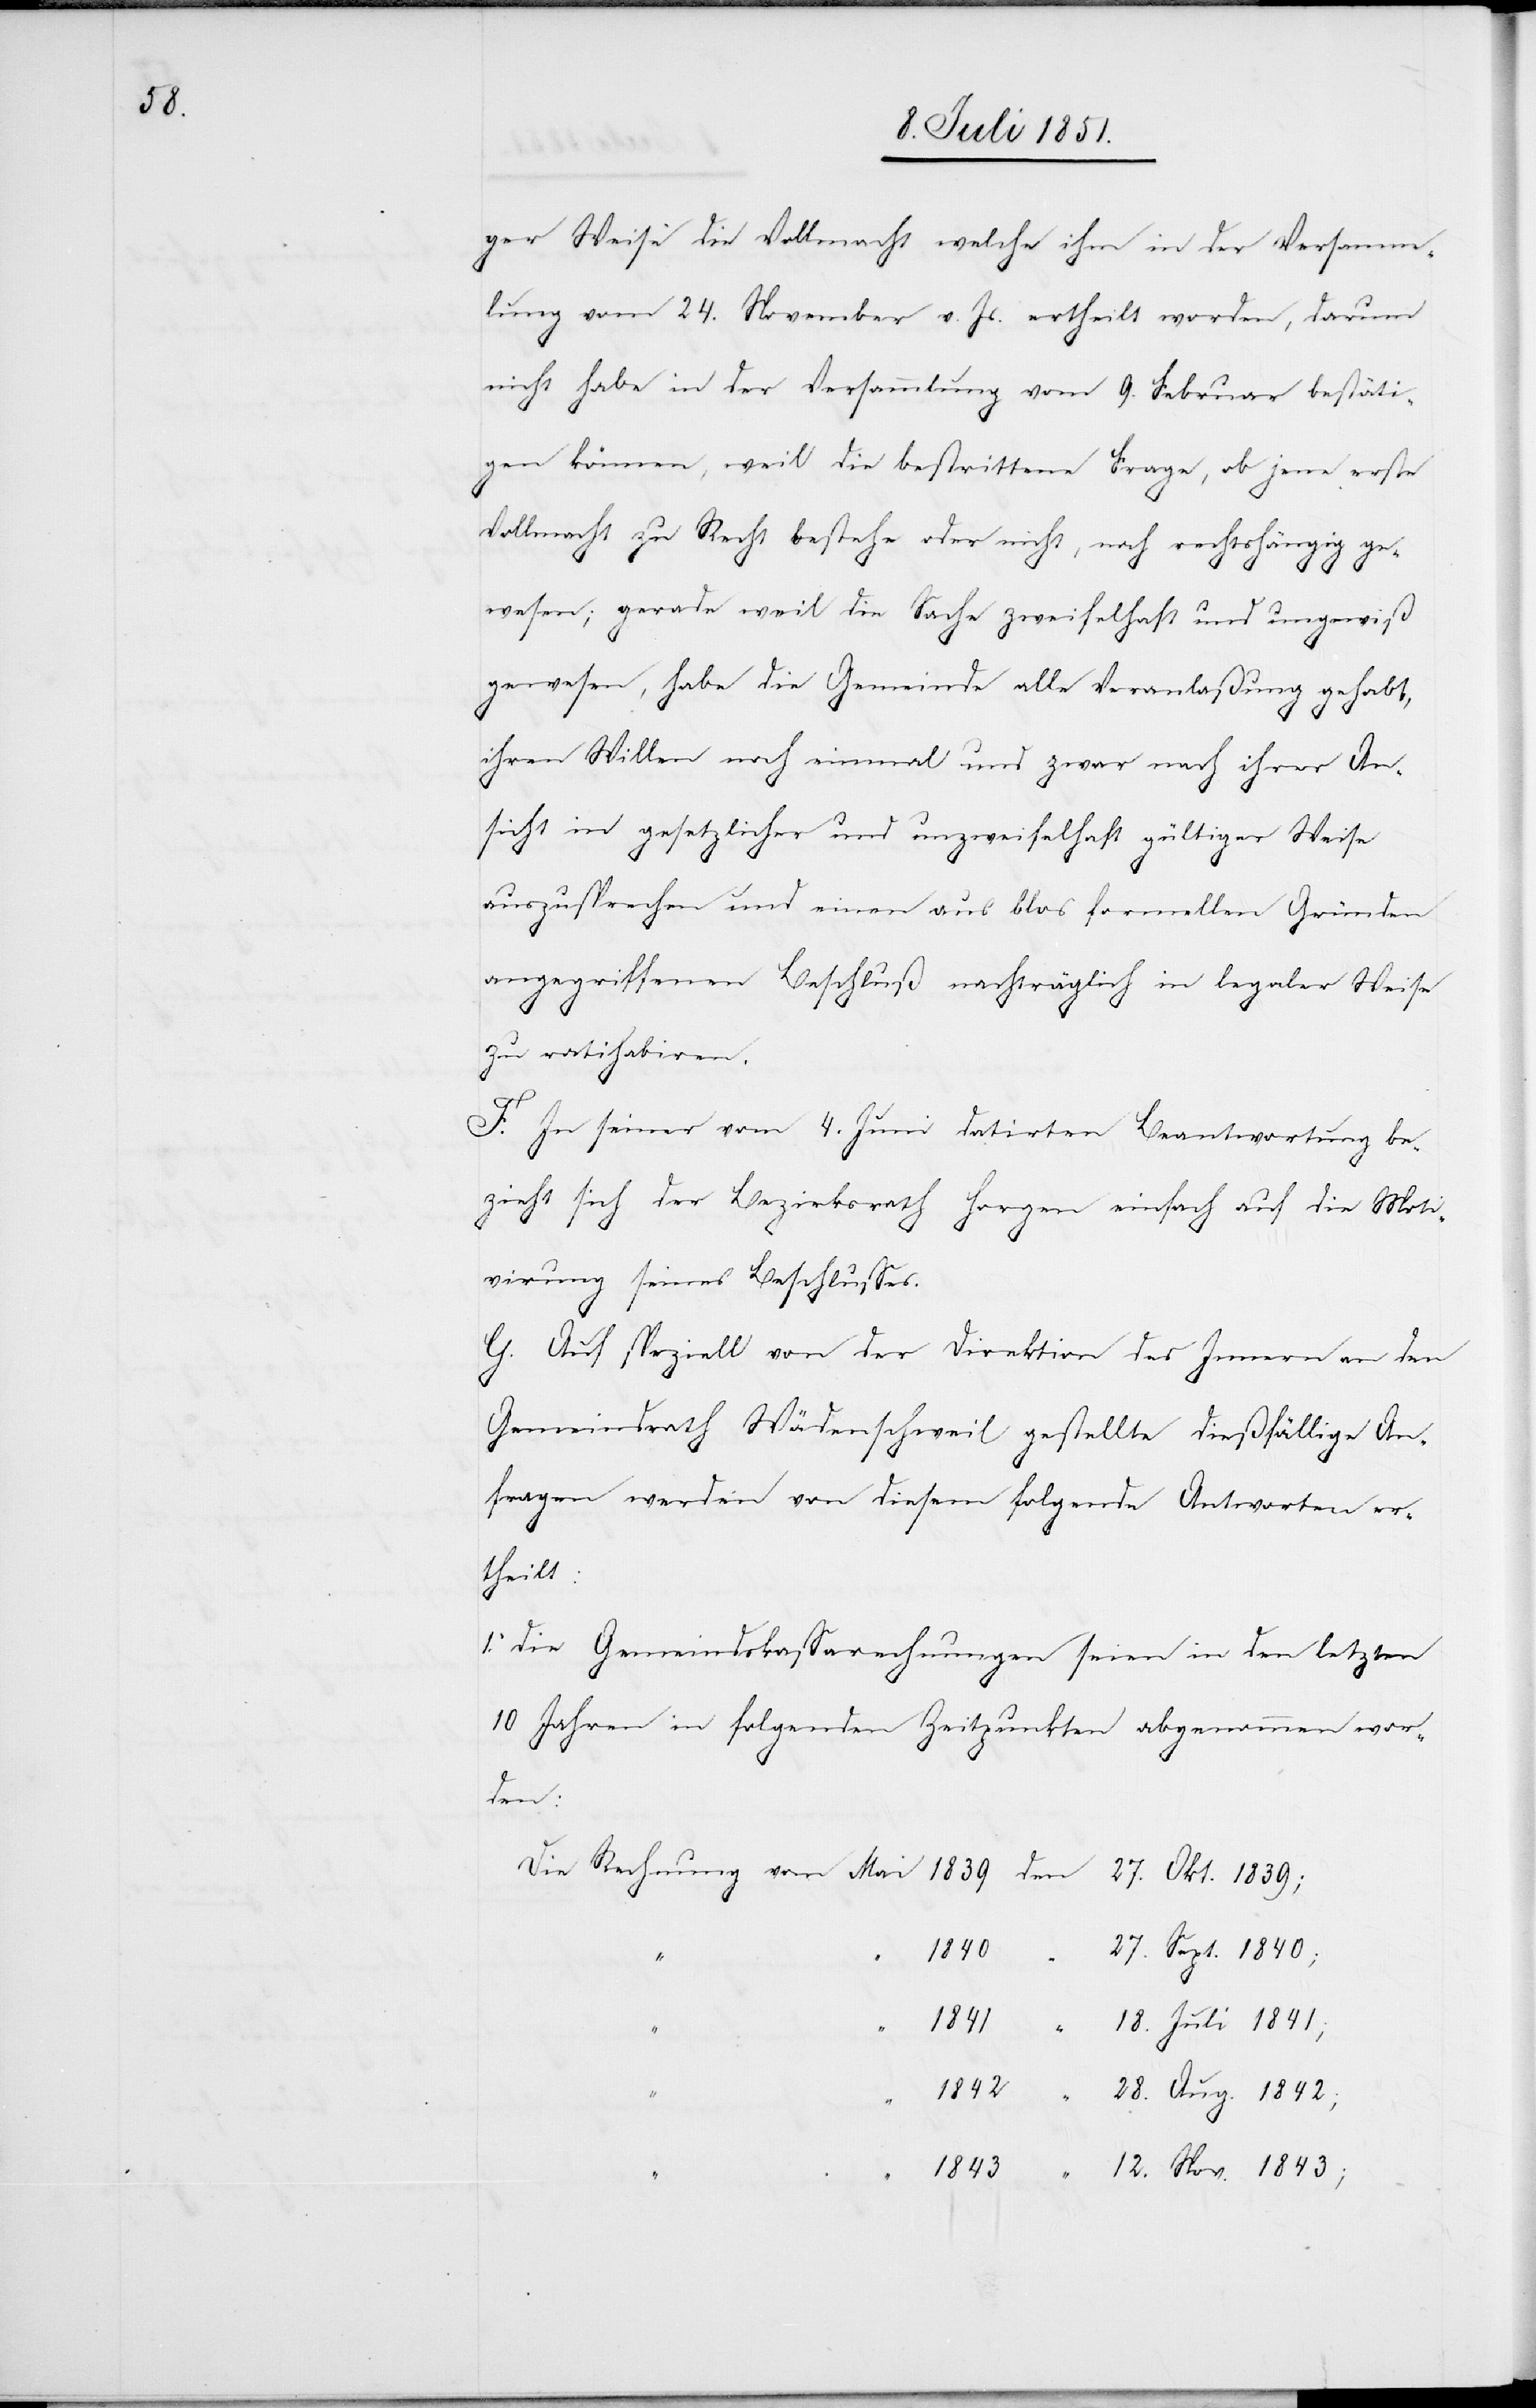
18. Juli 1841;
ger Weise die Vollmacht welche ihm in der Versamm¬
lung vom 24. November v. Js. ertheilt worden, darum
nicht habe in der Versammlung vom 9. Februar bestäti¬
gen können, weil die bestrittene Frage, ob jene erste
Vollmacht zu Recht bestehe oder nicht, noch rechtshängig ge¬
“
“ 1840
wesen; gerade weil die Sache zweifelhaft und ungewiß
gewesen, habe die Gemeinde alle Veranlaßung gehabt,
ihren Willen noch einmal und zwar nach ihrer An¬
sicht in gesetzlicher und unzweifelhaft gültiger Weise
auszusprechen und einen aus blos[s] formellen Gründen
angegriffenen Beschluß nachträglich in legaler Weise
zu ratihabiren.
F. In seiner vom 4. Juni datirten Beantwortung be¬
zieht sich der Bezirksrath Horgen einfach auf die Moti¬
virung seines Beschlusses.
G. Auf speziell von der Direktion des Innern an den
Gemeindrath Wädenschweil gestellte dießfällige An¬
fragen werden von diesem folgende Antworten er¬
theilt:
1. die Gemeindskassarechnungen seien in den letzten
10 Jahren in folgenden Zeitpunkten abgenommen wor¬
den
27. Sept. 1840;
28. Aug. 1842;
12. Nov. 1843;